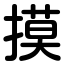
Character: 摸